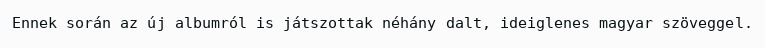
Ennek során az új albumról is játszottak néhány dalt, ideiglenes magyar szöveggel.